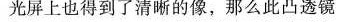
光屏上也得到了清晰的像，那么此凸透镜